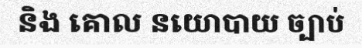
និង គោល នយោបាយ ច្បាប់